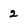
Character: 2